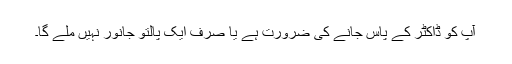
آپ کو ڈاکٹر کے پاس جانے کی ضرورت ہے یا صرف ایک پالتو جانور نہیں ملے گا۔